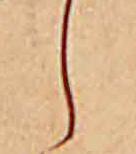
し